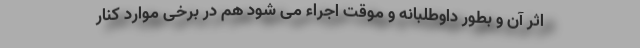
اثر آن و بطور داوطلبانه و موقت اجراء می شود هم در برخی موارد کنار